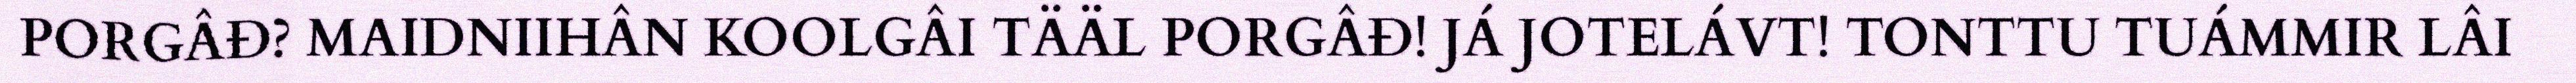
PORGÂĐ? MAIDNIIHÂN KOOLGÂI TÄÄL PORGÂĐ! JÁ JOTELÁVT! TONTTU TUÁMMIR LÂI